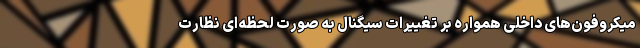
میکروفون‌های داخلی همواره بر تغییرات سیگنال به صورت لحظه‌ای نظارت